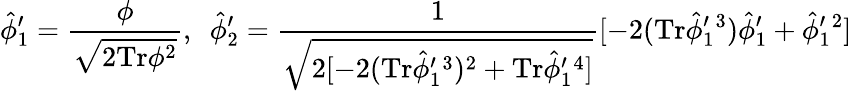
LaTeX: \hat{\phi}_{1}^{\prime}=\frac{\phi}{\sqrt{2\mathrm{Tr}\phi^{2}}},\ \ \hat{\phi}_{2}^{\prime}=\frac{1}{\sqrt{2[-2(\mathrm{Tr}\hat{\phi}_{1}^{\prime}{}^{3})^{2}+\mathrm{Tr}\hat{\phi}_{1}^{\prime}{}^{4}]}}[-2(\mathrm{Tr}\hat{\phi}_{1}^{\prime}{}^{3})\hat{\phi}_{1}^{\prime}+\hat{\phi}_{1}^{\prime}{}^{2}]